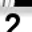
Digit: 2